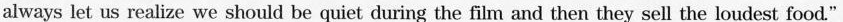
always let us realize we should be quiet during the film and then they sell the loudest food."